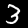
Digit: 3